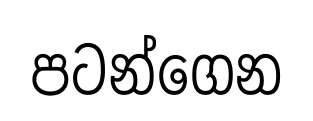
පටන්ගෙන